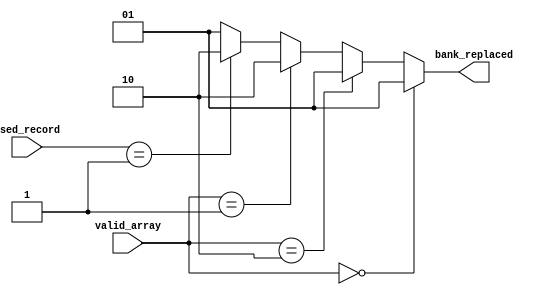
`timescale 1ns / 1ps
//////////////////////////////////////////////////////////////////////////////////
// Company: 
// Engineer: 
// 
// Design Name: 
// Module Name: replace_police
// Project Name: 
// Target Devices: 
// Tool Versions: 
// Description: 
// 
// Dependencies: 
// 
// Revision:
// Revision 0.01 - File Created
// Additional Comments:
// 
//////////////////////////////////////////////////////////////////////////////////
//LRU

module replace_police(
        input       wire    [1:0]   used_record,
        input       wire    [1:0]   valid_array,
        
        output      wire    [1:0]   bank_replaced
    );
    
        assign      bank_replaced = valid_array == 2'b00 ? 2'b01
                                    : (valid_array == 2'b10 ? 2'b01
                                    : (valid_array == 2'b01 ? 2'b10
                                    : (used_record == 2'b01 ? 2'b10
                                    : 2'b01)));
endmodule